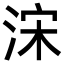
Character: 浨